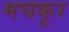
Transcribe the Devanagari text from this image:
मचकूर